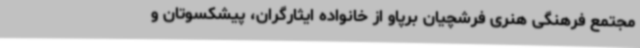
مجتمع فرهنگی هنری فرشچیان برپاو از خانواده ایثارگران، پیشکسوتان و